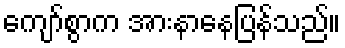
ကျော်စွာက အားနာနေပြန်သည်။